Civil Veterinary Dept. North-West Frontier Province 1901-22 - 1901-1922
Year: 1901
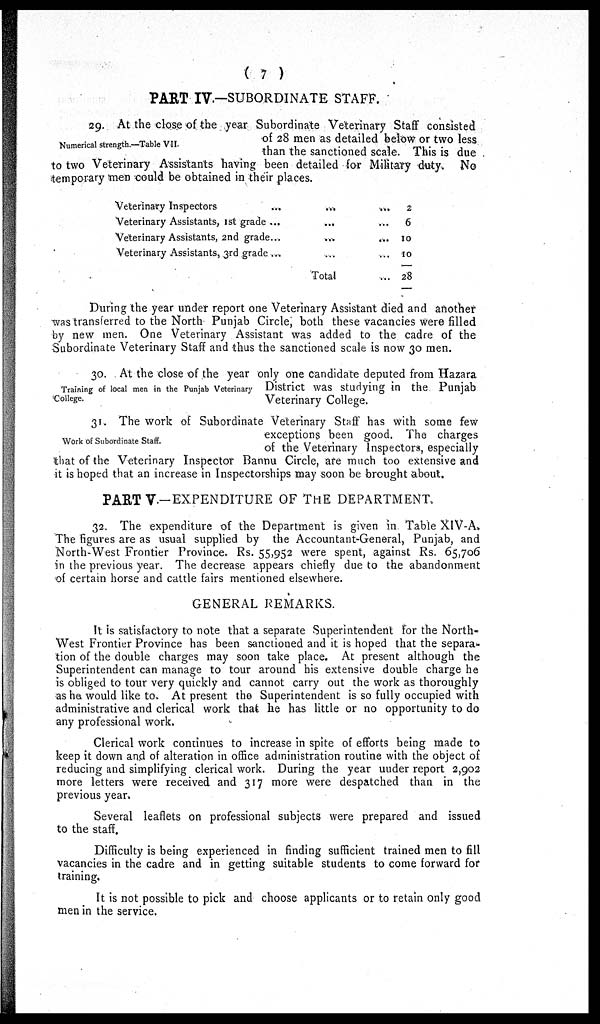
(7)
PART IV— SUBORDINATE STAFF.
Numerical strength.—Table VII.
29. At the close of the year Subordinate Veterinary Staff consisted
of 28 men as detailed below or two less
than the sanctioned scale. This is due
to two Veterinary Assistants having been detailed for Military duty. No
temporary men could be obtained in their places.
Veterinary Inspectors
Veterinary Assistants, 1st grade ...
Veterinary Assistants, 2nd grade...
Veterinary Assistants, 3rd grade ...
...
...
...
Total
2
...
6
...
10
...
10
... 28
During the year under report one Veterinary Assistant died and another
was transferred to the North Punjab Circle, both these vacancies were filled
by new men. One Veterinary Assistant was added to the cadre of the
Subordinate Veterinary Staff and thus the sanctioned scale is now 30 men.
Training of local men in the Punjab Veterinary
College.
30. At the close of the year only one candidate deputed from Hazara
District was studying in the Punjab
Veterinary College.
Work of Subordinate Staff.
31. The work of Subordinate Veterinary Staff has with some few
exceptions been good. The charges
of the Veterinary Inspectors, especially
that of the Veterinary Inspector Bannu Circle, are much too extensive and
it is hoped that an increase in Inspectorships may soon be brought about.
PART V.—EXPENDITURE OF THE DEPARTMENT.
32. The expenditure of the Department is given in Table XIV-A.
The figures are as usual supplied by the Accountant-General, Punjab, and
North-West Frontier Province. Rs. 55,952 were spent, against Rs. 65,706
in the previous year. The decrease appears chiefly due to the abandonment
of certain horse and cattle fairs mentioned elsewhere.
GENERAL REMARKS.
It is satisfactory to note that a separate Superintendent for the North-
West Frontier Province has been sanctioned and it is hoped that the separa-
tion of the double charges may soon take place. At present although the
Superintendent can manage to tour around his extensive double charge he
is obliged to tour very quickly and cannot carry out the work as thoroughly
as he would like to. At present the Superintendent is so fully occupied with
administrative and clerical work that he has little or no opportunity to do
any professional work.
Clerical work continues to increase in spite of efforts being made to
keep it down and of alteration in office administration routine with the object of
reducing and simplifying clerical work. During the year under report 2,902
more letters were received and 317 more were despatched than in the
previous year.
Several leaflets on professional subjects were prepared and issued
to the staff.
Difficulty is being experienced in finding sufficient trained men to fill
vacancies in the cadre and in getting suitable students to come forward for
training.
It is not possible to pick and choose applicants or to retain only good
men in the service.